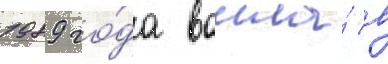
1989 го́да вошла́ в